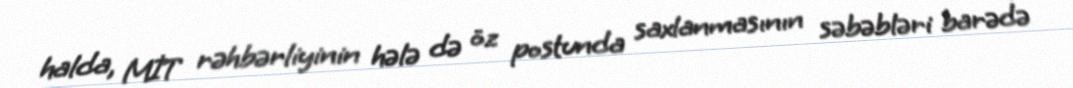
halda, MİT rəhbərliyinin hələ də öz postunda saxlanmasının səbəbləri barədə